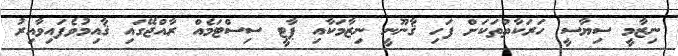
ނިޒާމީ ސިޔާސީ ހަރަކާތްތަކަށް ފަހި ޤާނޫނީ ނިޒާމަކާއި ޕާޓީ ސިސްޓަމެއް ރާއްޖޭގައި ޤާއިމުވެފައިވާއިރު